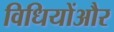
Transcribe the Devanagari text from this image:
विधियोंऔर